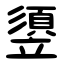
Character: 䇓